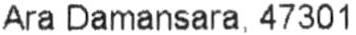
ARA DAMANSARA, 47301